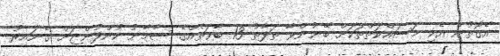
އެގޮތުން އެކި މަސައްކަތްތަކަށް ބޭނުންވާ ތަފާތު 13 ބާވަތެއްގެ ސާމާނު ކުންފުންޏަށް ގެނައިރު